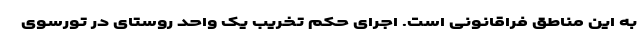
به این مناطق فراقانونی است. اجرای حکم تخریب یک واحد روستای در تورسوی